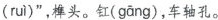
( rui )”，榫头。钉( gang )，车轴孔。